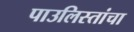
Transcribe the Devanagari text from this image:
पाउलिस्तांचा